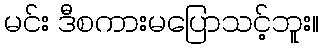
မင်း ဒီစကားမပြောသင့်ဘူး။